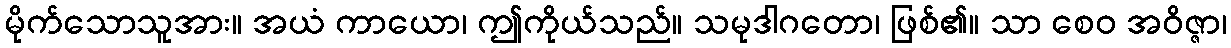
မိုက်သောသူအား။ အယံ ကာယော၊ ဤကိုယ်သည်။ သမုဒါဂတော၊ ဖြစ်၏။ သာ စေဝ အဝိဇ္ဇာ၊